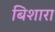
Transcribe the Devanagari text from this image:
बिशारा